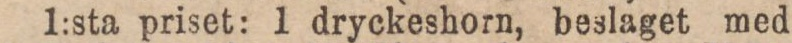
1:sta priset: 1 dryckeshorn, beslaget med